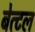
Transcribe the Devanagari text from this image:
बेत्टल